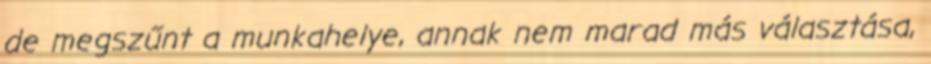
de megszűnt a munkahelye, annak nem marad más választása,